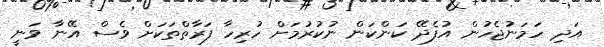
އަދި ހަމަނުޖެހުން އުފެދޭ ކަންކަން ނުކުރުމަށް ހުރިހާ ފަރާތްތަކަށް ވެސް އޭނާ ވަނީ